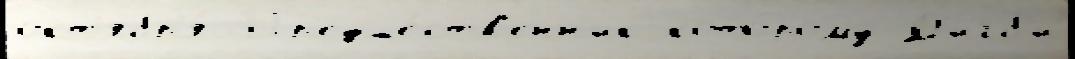
окт'ябр'я́ Пр'едше́ств'енн'ик кото́рому Д'игб'и